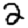
Digit: 2